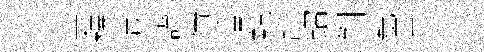
奎釋遘讃倩埵鯨詞鐺剝瓮畢